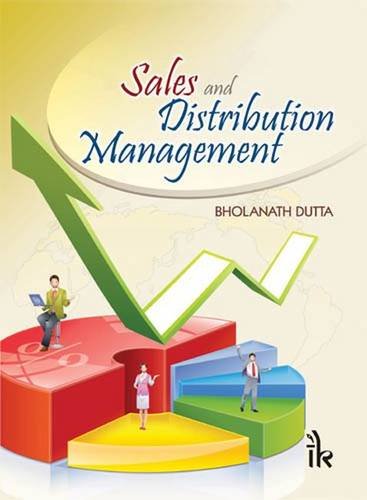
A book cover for Sales and Distribution Management; Bholanath Dutta; Business & Money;